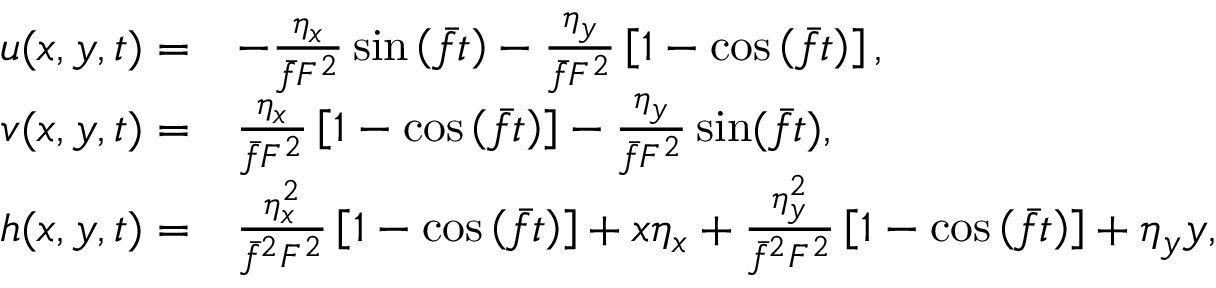
\begin{array} { r l } { u ( x , y , t ) = } & { - \frac { \eta _ { x } } { \bar { f } F ^ { 2 } } \sin \left( \bar { f } t \right) - \frac { \eta _ { y } } { \bar { f } F ^ { 2 } } \left[ 1 - \cos \left( \bar { f } t \right) \right] , } \\ { v ( x , y , t ) = } & { \frac { \eta _ { x } } { \bar { f } F ^ { 2 } } \left[ 1 - \cos \left( \bar { f } t \right) \right] - \frac { \eta _ { y } } { \bar { f } F ^ { 2 } } \sin ( \bar { f } t ) , } \\ { h ( x , y , t ) = } & { \frac { \eta _ { x } ^ { 2 } } { \bar { f } ^ { 2 } F ^ { 2 } } \left[ 1 - \cos \left( \bar { f } t \right) \right] + x \eta _ { x } + \frac { \eta _ { y } ^ { 2 } } { \bar { f } ^ { 2 } F ^ { 2 } } \left[ 1 - \cos \left( \bar { f } t \right) \right] + \eta _ { y } y , } \end{array}